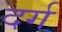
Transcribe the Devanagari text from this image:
दर्ग